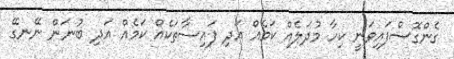
ގެންގޮސްފައިވަނީ ކިހާ މުދަލެއް ކަމެއް އަދި ފައިސާތަކެއް ކަމެއް އަދި ބުނަން ނޭނގޭ